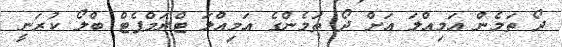
ދޯ ތަމެން އަމިއްލަ އަށް ދޯ ތަމެންގެ އަމިއްލަ ޓްރަމްޕެޓް ބްލޯ ކުރަނީ